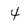
Character: 4